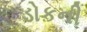
ડોકની